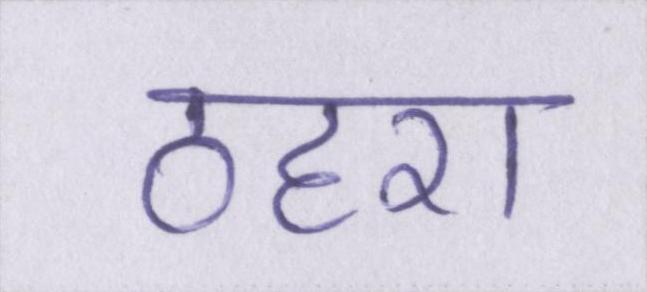
ठहरा